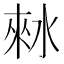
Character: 𰛾